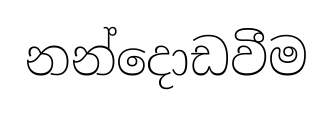
නන්දොඩවීම